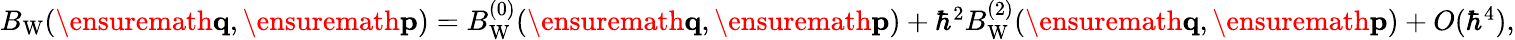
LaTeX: \begin{array}{r}{B_{\mathrm{W}}(\ensuremath{\mathbf{q}},\ensuremath{\mathbf{p}})=B_{\mathrm{W}}^{(0)}(\ensuremath{\mathbf{q}},\ensuremath{\mathbf{p}})+\hbar^{2}B_{\mathrm{W}}^{(2)}(\ensuremath{\mathbf{q}},\ensuremath{\mathbf{p}})+O(\hbar^{4}),}\end{array}